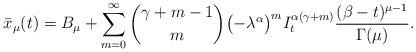
LaTeX: \begin{align*} \bar{x}_\mu(t) = B_\mu + \sum_{m=0}^\infty \binom{\gamma+m-1}{m} \bigl(-\lambda^\alpha\bigr)^m I_t^{\alpha(\gamma+m)} \frac{(\beta - t)^{\mu-1}}{\Gamma(\mu)} .\end{align*}